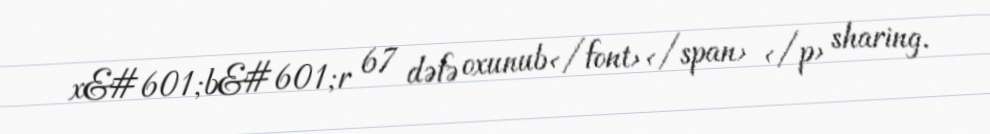
x&#601;b&#601;r 67 dəfə oxunub</font></span> </p> sharing.